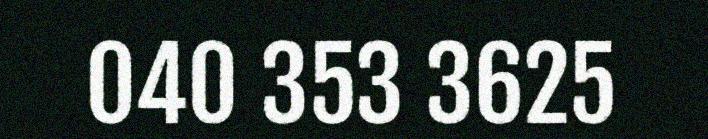
040 353 3625